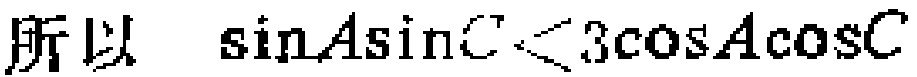
所以 \(\sin A\sin C<3\cos A\cos C\)